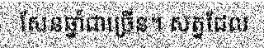
សែនឆ្នាំជាច្រើន។ សត្វដែល